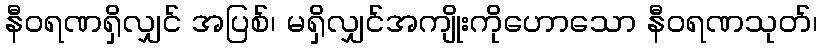
နီဝရဏရှိလျှင် အပြစ်၊ မရှိလျှင်အကျိုးကိုဟောသော နီဝရဏသုတ်၊